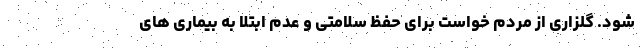
شود. گلزاری از مردم خواست برای حفظ سلامتی و عدم ابتلا به بیماری های